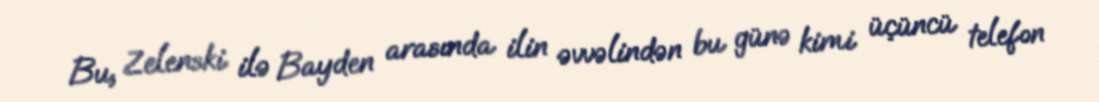
Bu, Zelenski ilə Bayden arasında ilin əvvəlindən bu günə kimi üçüncü telefon